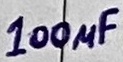
Text: 100µF